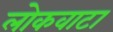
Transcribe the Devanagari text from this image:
लोकवाटा